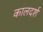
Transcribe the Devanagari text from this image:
कालदर्श